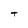
Character: T